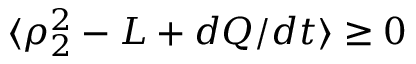
\langle \rho _ { 2 } ^ { 2 } - L + d Q / d t \rangle \geq 0